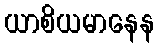
ယာစိယမာနေန